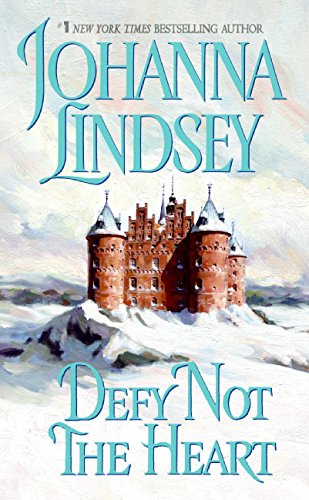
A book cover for Defy Not the Heart; Johanna Lindsey; Romance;